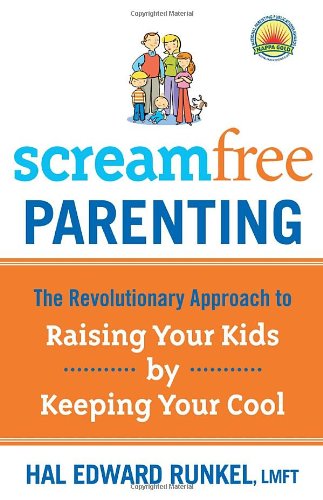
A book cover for Screamfree Parenting: The Revolutionary Approach to Raising Your Kids by Keeping Your Cool; Hal Edward Runkel; Parenting & Relationships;